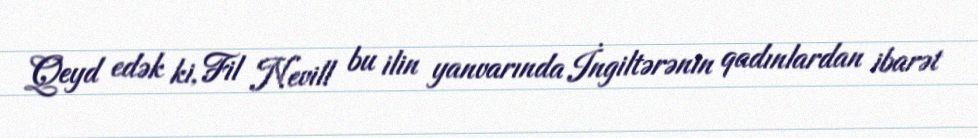
Qeyd edək ki, Fil Nevill bu ilin yanvarında İngiltərənin qadınlardan ibarət